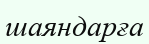
шаяндарға